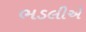
ભડલીએ